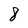
Character: 8